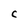
Character: C